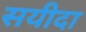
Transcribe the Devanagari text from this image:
सयीदा